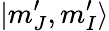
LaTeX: |m_{J}^{\prime},m_{I}^{\prime}\rangle